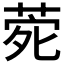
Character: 𮏑